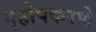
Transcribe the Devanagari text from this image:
गृहोपकरणे